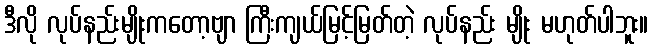
ဒီလို လုပ်နည်းမျိုးကတော့ဗျာ ကြီးကျယ်မြင့်မြတ်တဲ့ လုပ်နည်း မျိုး မဟုတ်ပါဘူး။